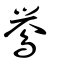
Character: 鸒